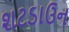
શટડાઉન